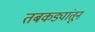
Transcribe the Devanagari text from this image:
तबकड्यांतून